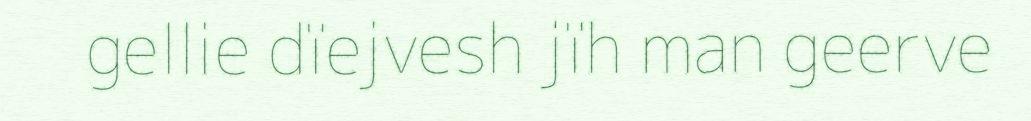
gellie dïejvesh jïh man geerve